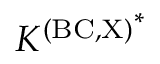
{ K ^ { \mathrm { ( B C , X ) } } } ^ { * }